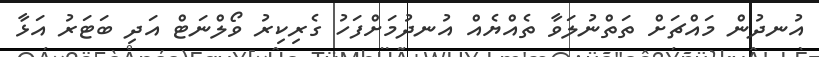
އުނދުން މައްޗަށް ތަތްނުލަވާ ތެއްޔެއް އުނދުމަށްފަހު ގެރިކިރު ވޯލްނަޓް އަދި ބަޓަރު އަޅާ